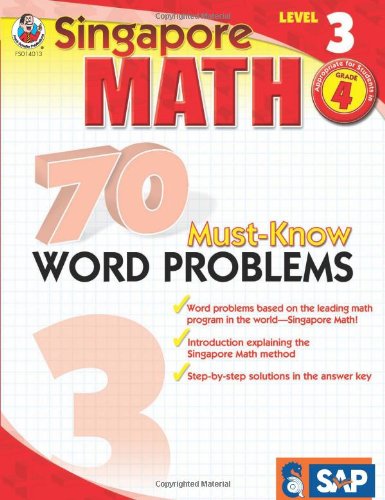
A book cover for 70 Must-Know Word Problems, Grade 4 (Singapore Math); Children's Books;